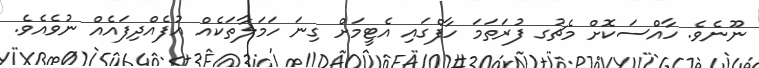
ނޫނެވެ. ހާއްސަކޮށް މެޗުގ ފުރަތަމަ ހާފްގައި އެޓީމަށް ގިނަ ހަމަލާތަކެއް އުފެއްދިފައެއް ނުވެއެވެ.